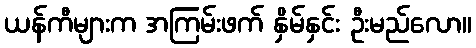
ယန်ကီများက အကြမ်းဖက် နှိမ်နှင်း ဦးမည်လော။